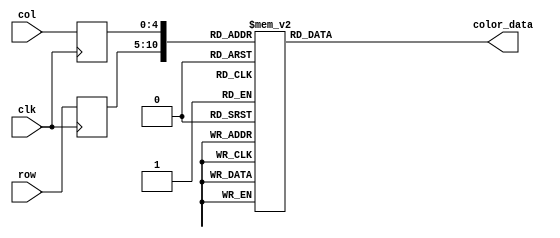
module opengate_rom
	(
		input wire clk,
		input wire [5:0] row,
		input wire [4:0] col,
		output reg [11:0] color_data
	);

	(* rom_style = "block" *)

	//signal declaration
	reg [5:0] row_reg;
	reg [4:0] col_reg;

	always @(posedge clk)
		begin
		row_reg <= row;
		col_reg <= col;
		end

	always @*
	case ({row_reg, col_reg})
		11'b00000000000: color_data = 12'b000011111111;
		11'b00000000001: color_data = 12'b000011111111;
		11'b00000000010: color_data = 12'b000011111111;
		11'b00000000011: color_data = 12'b000011111111;
		11'b00000000100: color_data = 12'b000011111111;
		11'b00000000101: color_data = 12'b000011111111;
		11'b00000000110: color_data = 12'b000011111111;
		11'b00000000111: color_data = 12'b000011111111;
		11'b00000001000: color_data = 12'b000000000000;
		11'b00000001001: color_data = 12'b000000000000;
		11'b00000001010: color_data = 12'b000000000000;
		11'b00000001011: color_data = 12'b000000000000;
		11'b00000001100: color_data = 12'b000000000000;
		11'b00000001101: color_data = 12'b000000000000;
		11'b00000001110: color_data = 12'b000000000000;
		11'b00000001111: color_data = 12'b000000000000;
		11'b00000010000: color_data = 12'b000011111111;
		11'b00000010001: color_data = 12'b000011111111;
		11'b00000010010: color_data = 12'b000011111111;
		11'b00000010011: color_data = 12'b000011111111;
		11'b00000010100: color_data = 12'b000011111111;
		11'b00000010101: color_data = 12'b000011111111;
		11'b00000100000: color_data = 12'b000011111111;
		11'b00000100001: color_data = 12'b000011111111;
		11'b00000100010: color_data = 12'b000011111111;
		11'b00000100011: color_data = 12'b000011111111;
		11'b00000100100: color_data = 12'b000011111111;
		11'b00000100101: color_data = 12'b000011111111;
		11'b00000100110: color_data = 12'b000000000000;
		11'b00000100111: color_data = 12'b000000000000;
		11'b00000101000: color_data = 12'b000000000000;
		11'b00000101001: color_data = 12'b111111111111;
		11'b00000101010: color_data = 12'b111111111111;
		11'b00000101011: color_data = 12'b111111111111;
		11'b00000101100: color_data = 12'b000000000000;
		11'b00000101101: color_data = 12'b111111111111;
		11'b00000101110: color_data = 12'b000000000000;
		11'b00000101111: color_data = 12'b000000000000;
		11'b00000110000: color_data = 12'b000000000000;
		11'b00000110001: color_data = 12'b000011111111;
		11'b00000110010: color_data = 12'b000011111111;
		11'b00000110011: color_data = 12'b000011111111;
		11'b00000110100: color_data = 12'b000011111111;
		11'b00000110101: color_data = 12'b000011111111;
		11'b00001000000: color_data = 12'b000011111111;
		11'b00001000001: color_data = 12'b000011111111;
		11'b00001000010: color_data = 12'b000011111111;
		11'b00001000011: color_data = 12'b000011111111;
		11'b00001000100: color_data = 12'b000000000000;
		11'b00001000101: color_data = 12'b000000000000;
		11'b00001000110: color_data = 12'b000000000000;
		11'b00001000111: color_data = 12'b111111111111;
		11'b00001001000: color_data = 12'b111111111111;
		11'b00001001001: color_data = 12'b111111111111;
		11'b00001001010: color_data = 12'b000000000000;
		11'b00001001011: color_data = 12'b000000000000;
		11'b00001001100: color_data = 12'b111111111111;
		11'b00001001101: color_data = 12'b111111111111;
		11'b00001001110: color_data = 12'b000000000000;
		11'b00001001111: color_data = 12'b111111111111;
		11'b00001010000: color_data = 12'b000000000000;
		11'b00001010001: color_data = 12'b000000000000;
		11'b00001010010: color_data = 12'b000011111111;
		11'b00001010011: color_data = 12'b000011111111;
		11'b00001010100: color_data = 12'b000011111111;
		11'b00001010101: color_data = 12'b000011111111;
		11'b00001100000: color_data = 12'b000011111111;
		11'b00001100001: color_data = 12'b000011111111;
		11'b00001100010: color_data = 12'b000011111111;
		11'b00001100011: color_data = 12'b000000000000;
		11'b00001100100: color_data = 12'b000000000000;
		11'b00001100101: color_data = 12'b111111111111;
		11'b00001100110: color_data = 12'b111111111111;
		11'b00001100111: color_data = 12'b111111111111;
		11'b00001101000: color_data = 12'b111111111111;
		11'b00001101001: color_data = 12'b000000000000;
		11'b00001101010: color_data = 12'b000000000000;
		11'b00001101011: color_data = 12'b000000000000;
		11'b00001101100: color_data = 12'b111111111111;
		11'b00001101101: color_data = 12'b000000000000;
		11'b00001101110: color_data = 12'b000000000000;
		11'b00001101111: color_data = 12'b111111111111;
		11'b00001110000: color_data = 12'b000000000000;
		11'b00001110001: color_data = 12'b000000000000;
		11'b00001110010: color_data = 12'b000000000000;
		11'b00001110011: color_data = 12'b000011111111;
		11'b00001110100: color_data = 12'b000011111111;
		11'b00001110101: color_data = 12'b000011111111;
		11'b00010000000: color_data = 12'b000011111111;
		11'b00010000001: color_data = 12'b000011111111;
		11'b00010000010: color_data = 12'b000011111111;
		11'b00010000011: color_data = 12'b000000000000;
		11'b00010000100: color_data = 12'b111111111111;
		11'b00010000101: color_data = 12'b111111111111;
		11'b00010000110: color_data = 12'b111111111111;
		11'b00010000111: color_data = 12'b000000000000;
		11'b00010001000: color_data = 12'b000000000000;
		11'b00010001001: color_data = 12'b000000000000;
		11'b00010001010: color_data = 12'b000000000000;
		11'b00010001011: color_data = 12'b111111111111;
		11'b00010001100: color_data = 12'b111111111111;
		11'b00010001101: color_data = 12'b000000000000;
		11'b00010001110: color_data = 12'b000000000000;
		11'b00010001111: color_data = 12'b111111111111;
		11'b00010010000: color_data = 12'b000000000000;
		11'b00010010001: color_data = 12'b111111111111;
		11'b00010010010: color_data = 12'b000000000000;
		11'b00010010011: color_data = 12'b000011111111;
		11'b00010010100: color_data = 12'b000011111111;
		11'b00010010101: color_data = 12'b000011111111;
		11'b00010100000: color_data = 12'b000011111111;
		11'b00010100001: color_data = 12'b000011111111;
		11'b00010100010: color_data = 12'b000000000000;
		11'b00010100011: color_data = 12'b000000000000;
		11'b00010100100: color_data = 12'b111111111111;
		11'b00010100101: color_data = 12'b000000000000;
		11'b00010100110: color_data = 12'b000000000000;
		11'b00010100111: color_data = 12'b000000000000;
		11'b00010101000: color_data = 12'b000000000000;
		11'b00010101001: color_data = 12'b000000000000;
		11'b00010101010: color_data = 12'b000000000000;
		11'b00010101011: color_data = 12'b111111111111;
		11'b00010101100: color_data = 12'b000000000000;
		11'b00010101101: color_data = 12'b111111111111;
		11'b00010101110: color_data = 12'b000000000000;
		11'b00010101111: color_data = 12'b111111111111;
		11'b00010110000: color_data = 12'b000000000000;
		11'b00010110001: color_data = 12'b111111111111;
		11'b00010110010: color_data = 12'b000000000000;
		11'b00010110011: color_data = 12'b000000000000;
		11'b00010110100: color_data = 12'b000011111111;
		11'b00010110101: color_data = 12'b000011111111;
		11'b00011000000: color_data = 12'b000011111111;
		11'b00011000001: color_data = 12'b000011111111;
		11'b00011000010: color_data = 12'b000000000000;
		11'b00011000011: color_data = 12'b111111111111;
		11'b00011000100: color_data = 12'b111111111111;
		11'b00011000101: color_data = 12'b000000000000;
		11'b00011000110: color_data = 12'b000000000000;
		11'b00011000111: color_data = 12'b000000000000;
		11'b00011001000: color_data = 12'b000000000000;
		11'b00011001001: color_data = 12'b000000000000;
		11'b00011001010: color_data = 12'b000000000000;
		11'b00011001011: color_data = 12'b111111111111;
		11'b00011001100: color_data = 12'b000000000000;
		11'b00011001101: color_data = 12'b111111111111;
		11'b00011001110: color_data = 12'b000000000000;
		11'b00011001111: color_data = 12'b111111111111;
		11'b00011010000: color_data = 12'b000000000000;
		11'b00011010001: color_data = 12'b111111111111;
		11'b00011010010: color_data = 12'b000000000000;
		11'b00011010011: color_data = 12'b000000000000;
		11'b00011010100: color_data = 12'b000011111111;
		11'b00011010101: color_data = 12'b000011111111;
		11'b00011100000: color_data = 12'b000011111111;
		11'b00011100001: color_data = 12'b000000000000;
		11'b00011100010: color_data = 12'b000000000000;
		11'b00011100011: color_data = 12'b111111111111;
		11'b00011100100: color_data = 12'b000000000000;
		11'b00011100101: color_data = 12'b000000000000;
		11'b00011100110: color_data = 12'b000000000000;
		11'b00011100111: color_data = 12'b000000000000;
		11'b00011101000: color_data = 12'b000000000000;
		11'b00011101001: color_data = 12'b000000000000;
		11'b00011101010: color_data = 12'b111111111111;
		11'b00011101011: color_data = 12'b111111111111;
		11'b00011101100: color_data = 12'b000000000000;
		11'b00011101101: color_data = 12'b111111111111;
		11'b00011101110: color_data = 12'b000000000000;
		11'b00011101111: color_data = 12'b111111111111;
		11'b00011110000: color_data = 12'b000000000000;
		11'b00011110001: color_data = 12'b111111111111;
		11'b00011110010: color_data = 12'b000000000000;
		11'b00011110011: color_data = 12'b000000000000;
		11'b00011110100: color_data = 12'b000000000000;
		11'b00011110101: color_data = 12'b000011111111;
		11'b00100000000: color_data = 12'b000011111111;
		11'b00100000001: color_data = 12'b000000000000;
		11'b00100000010: color_data = 12'b111111111111;
		11'b00100000011: color_data = 12'b111111111111;
		11'b00100000100: color_data = 12'b000000000000;
		11'b00100000101: color_data = 12'b000000000000;
		11'b00100000110: color_data = 12'b000000000000;
		11'b00100000111: color_data = 12'b000000000000;
		11'b00100001000: color_data = 12'b000000000000;
		11'b00100001001: color_data = 12'b000000000000;
		11'b00100001010: color_data = 12'b111111111111;
		11'b00100001011: color_data = 12'b111111111111;
		11'b00100001100: color_data = 12'b000000000000;
		11'b00100001101: color_data = 12'b111111111111;
		11'b00100001110: color_data = 12'b000000000000;
		11'b00100001111: color_data = 12'b111111111111;
		11'b00100010000: color_data = 12'b000000000000;
		11'b00100010001: color_data = 12'b111111111111;
		11'b00100010010: color_data = 12'b000000000000;
		11'b00100010011: color_data = 12'b111111111111;
		11'b00100010100: color_data = 12'b000000000000;
		11'b00100010101: color_data = 12'b000011111111;
		11'b00100100000: color_data = 12'b000011111111;
		11'b00100100001: color_data = 12'b000000000000;
		11'b00100100010: color_data = 12'b111111111111;
		11'b00100100011: color_data = 12'b000000000000;
		11'b00100100100: color_data = 12'b000000000000;
		11'b00100100101: color_data = 12'b000000000000;
		11'b00100100110: color_data = 12'b000000000000;
		11'b00100100111: color_data = 12'b000000000000;
		11'b00100101000: color_data = 12'b000000000000;
		11'b00100101001: color_data = 12'b000000000000;
		11'b00100101010: color_data = 12'b111111111111;
		11'b00100101011: color_data = 12'b000000000000;
		11'b00100101100: color_data = 12'b000000000000;
		11'b00100101101: color_data = 12'b000000000000;
		11'b00100101110: color_data = 12'b000000000000;
		11'b00100101111: color_data = 12'b111111111111;
		11'b00100110000: color_data = 12'b000000000000;
		11'b00100110001: color_data = 12'b111111111111;
		11'b00100110010: color_data = 12'b000000000000;
		11'b00100110011: color_data = 12'b111111111111;
		11'b00100110100: color_data = 12'b000000000000;
		11'b00100110101: color_data = 12'b000011111111;
		11'b00101000000: color_data = 12'b000011111111;
		11'b00101000001: color_data = 12'b000000000000;
		11'b00101000010: color_data = 12'b111111111111;
		11'b00101000011: color_data = 12'b000000000000;
		11'b00101000100: color_data = 12'b000000000000;
		11'b00101000101: color_data = 12'b000000000000;
		11'b00101000110: color_data = 12'b000000000000;
		11'b00101000111: color_data = 12'b000000000000;
		11'b00101001000: color_data = 12'b000000000000;
		11'b00101001001: color_data = 12'b000000000000;
		11'b00101001010: color_data = 12'b111111111111;
		11'b00101001011: color_data = 12'b000000000000;
		11'b00101001100: color_data = 12'b111111111111;
		11'b00101001101: color_data = 12'b111111111111;
		11'b00101001110: color_data = 12'b000000000000;
		11'b00101001111: color_data = 12'b000000000000;
		11'b00101010000: color_data = 12'b000000000000;
		11'b00101010001: color_data = 12'b111111111111;
		11'b00101010010: color_data = 12'b000000000000;
		11'b00101010011: color_data = 12'b111111111111;
		11'b00101010100: color_data = 12'b000000000000;
		11'b00101010101: color_data = 12'b000011111111;
		11'b00101100000: color_data = 12'b000000000000;
		11'b00101100001: color_data = 12'b000000000000;
		11'b00101100010: color_data = 12'b111111111111;
		11'b00101100011: color_data = 12'b000000000000;
		11'b00101100100: color_data = 12'b000000000000;
		11'b00101100101: color_data = 12'b000000000000;
		11'b00101100110: color_data = 12'b000000000000;
		11'b00101100111: color_data = 12'b000000000000;
		11'b00101101000: color_data = 12'b000000000000;
		11'b00101101001: color_data = 12'b000000000000;
		11'b00101101010: color_data = 12'b111111111111;
		11'b00101101011: color_data = 12'b000000000000;
		11'b00101101100: color_data = 12'b000000000000;
		11'b00101101101: color_data = 12'b111111111111;
		11'b00101101110: color_data = 12'b111111111111;
		11'b00101101111: color_data = 12'b111111111111;
		11'b00101110000: color_data = 12'b000000000000;
		11'b00101110001: color_data = 12'b000000000000;
		11'b00101110010: color_data = 12'b000000000000;
		11'b00101110011: color_data = 12'b111111111111;
		11'b00101110100: color_data = 12'b000000000000;
		11'b00101110101: color_data = 12'b000000000000;
		11'b00110000000: color_data = 12'b000000000000;
		11'b00110000001: color_data = 12'b111111111111;
		11'b00110000010: color_data = 12'b111111111111;
		11'b00110000011: color_data = 12'b000000000000;
		11'b00110000100: color_data = 12'b000000000000;
		11'b00110000101: color_data = 12'b000000000000;
		11'b00110000110: color_data = 12'b000000000000;
		11'b00110000111: color_data = 12'b000000000000;
		11'b00110001000: color_data = 12'b000000000000;
		11'b00110001001: color_data = 12'b000000000000;
		11'b00110001010: color_data = 12'b111111111111;
		11'b00110001011: color_data = 12'b111111111111;
		11'b00110001100: color_data = 12'b000000000000;
		11'b00110001101: color_data = 12'b000000000000;
		11'b00110001110: color_data = 12'b000000000000;
		11'b00110001111: color_data = 12'b111111111111;
		11'b00110010000: color_data = 12'b111111111111;
		11'b00110010001: color_data = 12'b111111111111;
		11'b00110010010: color_data = 12'b000000000000;
		11'b00110010011: color_data = 12'b111111111111;
		11'b00110010100: color_data = 12'b111111111111;
		11'b00110010101: color_data = 12'b000000000000;
		11'b00110100000: color_data = 12'b000000000000;
		11'b00110100001: color_data = 12'b111111111111;
		11'b00110100010: color_data = 12'b111111111111;
		11'b00110100011: color_data = 12'b000000000000;
		11'b00110100100: color_data = 12'b000000000000;
		11'b00110100101: color_data = 12'b000000000000;
		11'b00110100110: color_data = 12'b000000000000;
		11'b00110100111: color_data = 12'b000000000000;
		11'b00110101000: color_data = 12'b000000000000;
		11'b00110101001: color_data = 12'b000000000000;
		11'b00110101010: color_data = 12'b111111111111;
		11'b00110101011: color_data = 12'b111111111111;
		11'b00110101100: color_data = 12'b000000000000;
		11'b00110101101: color_data = 12'b111111111111;
		11'b00110101110: color_data = 12'b000000000000;
		11'b00110101111: color_data = 12'b000000000000;
		11'b00110110000: color_data = 12'b000000000000;
		11'b00110110001: color_data = 12'b111111111111;
		11'b00110110010: color_data = 12'b000000000000;
		11'b00110110011: color_data = 12'b111111111111;
		11'b00110110100: color_data = 12'b111111111111;
		11'b00110110101: color_data = 12'b000000000000;
		11'b00111000000: color_data = 12'b000000000000;
		11'b00111000001: color_data = 12'b000000000000;
		11'b00111000010: color_data = 12'b111111111111;
		11'b00111000011: color_data = 12'b000000000000;
		11'b00111000100: color_data = 12'b000000000000;
		11'b00111000101: color_data = 12'b000000000000;
		11'b00111000110: color_data = 12'b000000000000;
		11'b00111000111: color_data = 12'b000000000000;
		11'b00111001000: color_data = 12'b000000000000;
		11'b00111001001: color_data = 12'b000000000000;
		11'b00111001010: color_data = 12'b111111111111;
		11'b00111001011: color_data = 12'b111111111111;
		11'b00111001100: color_data = 12'b000000000000;
		11'b00111001101: color_data = 12'b111111111111;
		11'b00111001110: color_data = 12'b000000000000;
		11'b00111001111: color_data = 12'b111111111111;
		11'b00111010000: color_data = 12'b000000000000;
		11'b00111010001: color_data = 12'b000000000000;
		11'b00111010010: color_data = 12'b000000000000;
		11'b00111010011: color_data = 12'b111111111111;
		11'b00111010100: color_data = 12'b000000000000;
		11'b00111010101: color_data = 12'b000000000000;
		11'b00111100000: color_data = 12'b000011111111;
		11'b00111100001: color_data = 12'b000000000000;
		11'b00111100010: color_data = 12'b111111111111;
		11'b00111100011: color_data = 12'b000000000000;
		11'b00111100100: color_data = 12'b000000000000;
		11'b00111100101: color_data = 12'b000000000000;
		11'b00111100110: color_data = 12'b000000000000;
		11'b00111100111: color_data = 12'b000000000000;
		11'b00111101000: color_data = 12'b000000000000;
		11'b00111101001: color_data = 12'b000000000000;
		11'b00111101010: color_data = 12'b111111111111;
		11'b00111101011: color_data = 12'b111111111111;
		11'b00111101100: color_data = 12'b000000000000;
		11'b00111101101: color_data = 12'b111111111111;
		11'b00111101110: color_data = 12'b000000000000;
		11'b00111101111: color_data = 12'b111111111111;
		11'b00111110000: color_data = 12'b000000000000;
		11'b00111110001: color_data = 12'b111111111111;
		11'b00111110010: color_data = 12'b000000000000;
		11'b00111110011: color_data = 12'b111111111111;
		11'b00111110100: color_data = 12'b000000000000;
		11'b00111110101: color_data = 12'b000011111111;
		11'b01000000000: color_data = 12'b000011111111;
		11'b01000000001: color_data = 12'b000000000000;
		11'b01000000010: color_data = 12'b111111111111;
		11'b01000000011: color_data = 12'b000000000000;
		11'b01000000100: color_data = 12'b000000000000;
		11'b01000000101: color_data = 12'b000000000000;
		11'b01000000110: color_data = 12'b000000000000;
		11'b01000000111: color_data = 12'b000000000000;
		11'b01000001000: color_data = 12'b000000000000;
		11'b01000001001: color_data = 12'b000000000000;
		11'b01000001010: color_data = 12'b111111111111;
		11'b01000001011: color_data = 12'b111111111111;
		11'b01000001100: color_data = 12'b000000000000;
		11'b01000001101: color_data = 12'b111111111111;
		11'b01000001110: color_data = 12'b000000000000;
		11'b01000001111: color_data = 12'b111111111111;
		11'b01000010000: color_data = 12'b000000000000;
		11'b01000010001: color_data = 12'b111111111111;
		11'b01000010010: color_data = 12'b000000000000;
		11'b01000010011: color_data = 12'b111111111111;
		11'b01000010100: color_data = 12'b000000000000;
		11'b01000010101: color_data = 12'b000011111111;
		11'b01000100000: color_data = 12'b000011111111;
		11'b01000100001: color_data = 12'b000000000000;
		11'b01000100010: color_data = 12'b111111111111;
		11'b01000100011: color_data = 12'b000000000000;
		11'b01000100100: color_data = 12'b000000000000;
		11'b01000100101: color_data = 12'b000000000000;
		11'b01000100110: color_data = 12'b000000000000;
		11'b01000100111: color_data = 12'b000000000000;
		11'b01000101000: color_data = 12'b000000000000;
		11'b01000101001: color_data = 12'b000000000000;
		11'b01000101010: color_data = 12'b111111111111;
		11'b01000101011: color_data = 12'b111111111111;
		11'b01000101100: color_data = 12'b000000000000;
		11'b01000101101: color_data = 12'b111111111111;
		11'b01000101110: color_data = 12'b000000000000;
		11'b01000101111: color_data = 12'b111111111111;
		11'b01000110000: color_data = 12'b000000000000;
		11'b01000110001: color_data = 12'b111111111111;
		11'b01000110010: color_data = 12'b000000000000;
		11'b01000110011: color_data = 12'b111111111111;
		11'b01000110100: color_data = 12'b000000000000;
		11'b01000110101: color_data = 12'b000011111111;
		11'b01001000000: color_data = 12'b000011111111;
		11'b01001000001: color_data = 12'b000000000000;
		11'b01001000010: color_data = 12'b111111111111;
		11'b01001000011: color_data = 12'b000000000000;
		11'b01001000100: color_data = 12'b000000000000;
		11'b01001000101: color_data = 12'b000000000000;
		11'b01001000110: color_data = 12'b000000000000;
		11'b01001000111: color_data = 12'b000000000000;
		11'b01001001000: color_data = 12'b000000000000;
		11'b01001001001: color_data = 12'b000000000000;
		11'b01001001010: color_data = 12'b111111111111;
		11'b01001001011: color_data = 12'b111111111111;
		11'b01001001100: color_data = 12'b000000000000;
		11'b01001001101: color_data = 12'b111111111111;
		11'b01001001110: color_data = 12'b000000000000;
		11'b01001001111: color_data = 12'b111111111111;
		11'b01001010000: color_data = 12'b000000000000;
		11'b01001010001: color_data = 12'b111111111111;
		11'b01001010010: color_data = 12'b000000000000;
		11'b01001010011: color_data = 12'b111111111111;
		11'b01001010100: color_data = 12'b000000000000;
		11'b01001010101: color_data = 12'b000011111111;
		11'b01001100000: color_data = 12'b000011111111;
		11'b01001100001: color_data = 12'b000000000000;
		11'b01001100010: color_data = 12'b111111111111;
		11'b01001100011: color_data = 12'b000000000000;
		11'b01001100100: color_data = 12'b000000000000;
		11'b01001100101: color_data = 12'b000000000000;
		11'b01001100110: color_data = 12'b000000000000;
		11'b01001100111: color_data = 12'b000000000000;
		11'b01001101000: color_data = 12'b000000000000;
		11'b01001101001: color_data = 12'b000000000000;
		11'b01001101010: color_data = 12'b111111111111;
		11'b01001101011: color_data = 12'b111111111111;
		11'b01001101100: color_data = 12'b000000000000;
		11'b01001101101: color_data = 12'b111111111111;
		11'b01001101110: color_data = 12'b000000000000;
		11'b01001101111: color_data = 12'b111111111111;
		11'b01001110000: color_data = 12'b000000000000;
		11'b01001110001: color_data = 12'b111111111111;
		11'b01001110010: color_data = 12'b000000000000;
		11'b01001110011: color_data = 12'b111111111111;
		11'b01001110100: color_data = 12'b000000000000;
		11'b01001110101: color_data = 12'b000011111111;
		11'b01010000000: color_data = 12'b000011111111;
		11'b01010000001: color_data = 12'b000000000000;
		11'b01010000010: color_data = 12'b111111111111;
		11'b01010000011: color_data = 12'b000000000000;
		11'b01010000100: color_data = 12'b000000000000;
		11'b01010000101: color_data = 12'b000000000000;
		11'b01010000110: color_data = 12'b000000000000;
		11'b01010000111: color_data = 12'b000000000000;
		11'b01010001000: color_data = 12'b000000000000;
		11'b01010001001: color_data = 12'b000000000000;
		11'b01010001010: color_data = 12'b111111111111;
		11'b01010001011: color_data = 12'b111111111111;
		11'b01010001100: color_data = 12'b000000000000;
		11'b01010001101: color_data = 12'b111111111111;
		11'b01010001110: color_data = 12'b000000000000;
		11'b01010001111: color_data = 12'b111111111111;
		11'b01010010000: color_data = 12'b000000000000;
		11'b01010010001: color_data = 12'b111111111111;
		11'b01010010010: color_data = 12'b000000000000;
		11'b01010010011: color_data = 12'b111111111111;
		11'b01010010100: color_data = 12'b000000000000;
		11'b01010010101: color_data = 12'b000011111111;
		11'b01010100000: color_data = 12'b000011111111;
		11'b01010100001: color_data = 12'b000000000000;
		11'b01010100010: color_data = 12'b111111111111;
		11'b01010100011: color_data = 12'b000000000000;
		11'b01010100100: color_data = 12'b000000000000;
		11'b01010100101: color_data = 12'b000000000000;
		11'b01010100110: color_data = 12'b000000000000;
		11'b01010100111: color_data = 12'b000000000000;
		11'b01010101000: color_data = 12'b000000000000;
		11'b01010101001: color_data = 12'b000000000000;
		11'b01010101010: color_data = 12'b111111111111;
		11'b01010101011: color_data = 12'b111111111111;
		11'b01010101100: color_data = 12'b000000000000;
		11'b01010101101: color_data = 12'b111111111111;
		11'b01010101110: color_data = 12'b000000000000;
		11'b01010101111: color_data = 12'b111111111111;
		11'b01010110000: color_data = 12'b000000000000;
		11'b01010110001: color_data = 12'b111111111111;
		11'b01010110010: color_data = 12'b000000000000;
		11'b01010110011: color_data = 12'b111111111111;
		11'b01010110100: color_data = 12'b000000000000;
		11'b01010110101: color_data = 12'b000011111111;
		11'b01011000000: color_data = 12'b000011111111;
		11'b01011000001: color_data = 12'b000000000000;
		11'b01011000010: color_data = 12'b111111111111;
		11'b01011000011: color_data = 12'b000000000000;
		11'b01011000100: color_data = 12'b000000000000;
		11'b01011000101: color_data = 12'b000000000000;
		11'b01011000110: color_data = 12'b000000000000;
		11'b01011000111: color_data = 12'b000000000000;
		11'b01011001000: color_data = 12'b000000000000;
		11'b01011001001: color_data = 12'b000000000000;
		11'b01011001010: color_data = 12'b111111111111;
		11'b01011001011: color_data = 12'b111111111111;
		11'b01011001100: color_data = 12'b000000000000;
		11'b01011001101: color_data = 12'b111111111111;
		11'b01011001110: color_data = 12'b000000000000;
		11'b01011001111: color_data = 12'b111111111111;
		11'b01011010000: color_data = 12'b000000000000;
		11'b01011010001: color_data = 12'b111111111111;
		11'b01011010010: color_data = 12'b000000000000;
		11'b01011010011: color_data = 12'b111111111111;
		11'b01011010100: color_data = 12'b000000000000;
		11'b01011010101: color_data = 12'b000011111111;
		11'b01011100000: color_data = 12'b000011111111;
		11'b01011100001: color_data = 12'b000000000000;
		11'b01011100010: color_data = 12'b111111111111;
		11'b01011100011: color_data = 12'b000000000000;
		11'b01011100100: color_data = 12'b000000000000;
		11'b01011100101: color_data = 12'b000000000000;
		11'b01011100110: color_data = 12'b000000000000;
		11'b01011100111: color_data = 12'b000000000000;
		11'b01011101000: color_data = 12'b000000000000;
		11'b01011101001: color_data = 12'b000000000000;
		11'b01011101010: color_data = 12'b111111111111;
		11'b01011101011: color_data = 12'b111111111111;
		11'b01011101100: color_data = 12'b000000000000;
		11'b01011101101: color_data = 12'b111111111111;
		11'b01011101110: color_data = 12'b000000000000;
		11'b01011101111: color_data = 12'b111111111111;
		11'b01011110000: color_data = 12'b000000000000;
		11'b01011110001: color_data = 12'b111111111111;
		11'b01011110010: color_data = 12'b000000000000;
		11'b01011110011: color_data = 12'b111111111111;
		11'b01011110100: color_data = 12'b000000000000;
		11'b01011110101: color_data = 12'b000011111111;
		11'b01100000000: color_data = 12'b000000000000;
		11'b01100000001: color_data = 12'b000000000000;
		11'b01100000010: color_data = 12'b111111111111;
		11'b01100000011: color_data = 12'b000000000000;
		11'b01100000100: color_data = 12'b000000000000;
		11'b01100000101: color_data = 12'b000000000000;
		11'b01100000110: color_data = 12'b000000000000;
		11'b01100000111: color_data = 12'b000000000000;
		11'b01100001000: color_data = 12'b000000000000;
		11'b01100001001: color_data = 12'b000000000000;
		11'b01100001010: color_data = 12'b111111111111;
		11'b01100001011: color_data = 12'b111111111111;
		11'b01100001100: color_data = 12'b000000000000;
		11'b01100001101: color_data = 12'b111111111111;
		11'b01100001110: color_data = 12'b000000000000;
		11'b01100001111: color_data = 12'b111111111111;
		11'b01100010000: color_data = 12'b000000000000;
		11'b01100010001: color_data = 12'b000000000000;
		11'b01100010010: color_data = 12'b000000000000;
		11'b01100010011: color_data = 12'b111111111111;
		11'b01100010100: color_data = 12'b000000000000;
		11'b01100010101: color_data = 12'b000000000000;
		11'b01100100000: color_data = 12'b000000000000;
		11'b01100100001: color_data = 12'b111111111111;
		11'b01100100010: color_data = 12'b111111111111;
		11'b01100100011: color_data = 12'b000000000000;
		11'b01100100100: color_data = 12'b000000000000;
		11'b01100100101: color_data = 12'b000000000000;
		11'b01100100110: color_data = 12'b000000000000;
		11'b01100100111: color_data = 12'b000000000000;
		11'b01100101000: color_data = 12'b000000000000;
		11'b01100101001: color_data = 12'b000000000000;
		11'b01100101010: color_data = 12'b111111111111;
		11'b01100101011: color_data = 12'b111111111111;
		11'b01100101100: color_data = 12'b000000000000;
		11'b01100101101: color_data = 12'b111111111111;
		11'b01100101110: color_data = 12'b000000000000;
		11'b01100101111: color_data = 12'b000000000000;
		11'b01100110000: color_data = 12'b000000000000;
		11'b01100110001: color_data = 12'b111111111111;
		11'b01100110010: color_data = 12'b000000000000;
		11'b01100110011: color_data = 12'b111111111111;
		11'b01100110100: color_data = 12'b111111111111;
		11'b01100110101: color_data = 12'b000000000000;
		11'b01101000000: color_data = 12'b000000000000;
		11'b01101000001: color_data = 12'b000000000000;
		11'b01101000010: color_data = 12'b111111111111;
		11'b01101000011: color_data = 12'b000000000000;
		11'b01101000100: color_data = 12'b000000000000;
		11'b01101000101: color_data = 12'b000000000000;
		11'b01101000110: color_data = 12'b000000000000;
		11'b01101000111: color_data = 12'b000000000000;
		11'b01101001000: color_data = 12'b000000000000;
		11'b01101001001: color_data = 12'b000000000000;
		11'b01101001010: color_data = 12'b111111111111;
		11'b01101001011: color_data = 12'b111111111111;
		11'b01101001100: color_data = 12'b000000000000;
		11'b01101001101: color_data = 12'b000000000000;
		11'b01101001110: color_data = 12'b000000000000;
		11'b01101001111: color_data = 12'b111111111111;
		11'b01101010000: color_data = 12'b111111111111;
		11'b01101010001: color_data = 12'b111111111111;
		11'b01101010010: color_data = 12'b000000000000;
		11'b01101010011: color_data = 12'b111111111111;
		11'b01101010100: color_data = 12'b000000000000;
		11'b01101010101: color_data = 12'b000000000000;
		11'b01101100000: color_data = 12'b000011111111;
		11'b01101100001: color_data = 12'b000000000000;
		11'b01101100010: color_data = 12'b111111111111;
		11'b01101100011: color_data = 12'b000000000000;
		11'b01101100100: color_data = 12'b000000000000;
		11'b01101100101: color_data = 12'b000000000000;
		11'b01101100110: color_data = 12'b000000000000;
		11'b01101100111: color_data = 12'b000000000000;
		11'b01101101000: color_data = 12'b000000000000;
		11'b01101101001: color_data = 12'b000000000000;
		11'b01101101010: color_data = 12'b111111111111;
		11'b01101101011: color_data = 12'b000000000000;
		11'b01101101100: color_data = 12'b000000000000;
		11'b01101101101: color_data = 12'b111111111111;
		11'b01101101110: color_data = 12'b111111111111;
		11'b01101101111: color_data = 12'b111111111111;
		11'b01101110000: color_data = 12'b000000000000;
		11'b01101110001: color_data = 12'b000000000000;
		11'b01101110010: color_data = 12'b000000000000;
		11'b01101110011: color_data = 12'b111111111111;
		11'b01101110100: color_data = 12'b000000000000;
		11'b01101110101: color_data = 12'b000011111111;
		11'b01110000000: color_data = 12'b000011111111;
		11'b01110000001: color_data = 12'b000000000000;
		11'b01110000010: color_data = 12'b111111111111;
		11'b01110000011: color_data = 12'b000000000000;
		11'b01110000100: color_data = 12'b000000000000;
		11'b01110000101: color_data = 12'b000000000000;
		11'b01110000110: color_data = 12'b000000000000;
		11'b01110000111: color_data = 12'b000000000000;
		11'b01110001000: color_data = 12'b000000000000;
		11'b01110001001: color_data = 12'b000000000000;
		11'b01110001010: color_data = 12'b111111111111;
		11'b01110001011: color_data = 12'b000000000000;
		11'b01110001100: color_data = 12'b111111111111;
		11'b01110001101: color_data = 12'b111111111111;
		11'b01110001110: color_data = 12'b000000000000;
		11'b01110001111: color_data = 12'b000000000000;
		11'b01110010000: color_data = 12'b000000000000;
		11'b01110010001: color_data = 12'b111111111111;
		11'b01110010010: color_data = 12'b000000000000;
		11'b01110010011: color_data = 12'b111111111111;
		11'b01110010100: color_data = 12'b000000000000;
		11'b01110010101: color_data = 12'b000011111111;
		11'b01110100000: color_data = 12'b000011111111;
		11'b01110100001: color_data = 12'b000000000000;
		11'b01110100010: color_data = 12'b111111111111;
		11'b01110100011: color_data = 12'b000000000000;
		11'b01110100100: color_data = 12'b000000000000;
		11'b01110100101: color_data = 12'b000000000000;
		11'b01110100110: color_data = 12'b000000000000;
		11'b01110100111: color_data = 12'b000000000000;
		11'b01110101000: color_data = 12'b000000000000;
		11'b01110101001: color_data = 12'b000000000000;
		11'b01110101010: color_data = 12'b111111111111;
		11'b01110101011: color_data = 12'b000000000000;
		11'b01110101100: color_data = 12'b000000000000;
		11'b01110101101: color_data = 12'b000000000000;
		11'b01110101110: color_data = 12'b000000000000;
		11'b01110101111: color_data = 12'b111111111111;
		11'b01110110000: color_data = 12'b000000000000;
		11'b01110110001: color_data = 12'b111111111111;
		11'b01110110010: color_data = 12'b000000000000;
		11'b01110110011: color_data = 12'b111111111111;
		11'b01110110100: color_data = 12'b000000000000;
		11'b01110110101: color_data = 12'b000011111111;
		11'b01111000000: color_data = 12'b000011111111;
		11'b01111000001: color_data = 12'b000000000000;
		11'b01111000010: color_data = 12'b000000000000;
		11'b01111000011: color_data = 12'b000000000000;
		11'b01111000100: color_data = 12'b000000000000;
		11'b01111000101: color_data = 12'b000000000000;
		11'b01111000110: color_data = 12'b000000000000;
		11'b01111000111: color_data = 12'b000000000000;
		11'b01111001000: color_data = 12'b000000000000;
		11'b01111001001: color_data = 12'b000000000000;
		11'b01111001010: color_data = 12'b111111111111;
		11'b01111001011: color_data = 12'b111111111111;
		11'b01111001100: color_data = 12'b000000000000;
		11'b01111001101: color_data = 12'b111111111111;
		11'b01111001110: color_data = 12'b000000000000;
		11'b01111001111: color_data = 12'b111111111111;
		11'b01111010000: color_data = 12'b000000000000;
		11'b01111010001: color_data = 12'b000000000000;
		11'b01111010010: color_data = 12'b000000000000;
		11'b01111010011: color_data = 12'b000000000000;
		11'b01111010100: color_data = 12'b000000000000;
		11'b01111010101: color_data = 12'b000011111111;
		11'b01111100000: color_data = 12'b000011111111;
		11'b01111100001: color_data = 12'b000011111111;
		11'b01111100010: color_data = 12'b000011111111;
		11'b01111100011: color_data = 12'b000011111111;
		11'b01111100100: color_data = 12'b000011111111;
		11'b01111100101: color_data = 12'b000011111111;
		11'b01111100110: color_data = 12'b000011111111;
		11'b01111100111: color_data = 12'b000011111111;
		11'b01111101000: color_data = 12'b000011111111;
		11'b01111101001: color_data = 12'b000000000000;
		11'b01111101010: color_data = 12'b111111111111;
		11'b01111101011: color_data = 12'b111111111111;
		11'b01111101100: color_data = 12'b000000000000;
		11'b01111101101: color_data = 12'b111111111111;
		11'b01111101110: color_data = 12'b000000000000;
		11'b01111101111: color_data = 12'b111111111111;
		11'b01111110000: color_data = 12'b000000000000;
		11'b01111110001: color_data = 12'b000000000000;
		11'b01111110010: color_data = 12'b000000000000;
		11'b01111110011: color_data = 12'b000011111111;
		11'b01111110100: color_data = 12'b000011111111;
		11'b01111110101: color_data = 12'b000011111111;
		11'b10000000000: color_data = 12'b000011111111;
		11'b10000000001: color_data = 12'b000011111111;
		11'b10000000010: color_data = 12'b000011111111;
		11'b10000000011: color_data = 12'b000011111111;
		11'b10000000100: color_data = 12'b000011111111;
		11'b10000000101: color_data = 12'b000011111111;
		11'b10000000110: color_data = 12'b000011111111;
		11'b10000000111: color_data = 12'b000011111111;
		11'b10000001000: color_data = 12'b000011111111;
		11'b10000001001: color_data = 12'b000000000000;
		11'b10000001010: color_data = 12'b111111111111;
		11'b10000001011: color_data = 12'b111111111111;
		11'b10000001100: color_data = 12'b000000000000;
		11'b10000001101: color_data = 12'b111111111111;
		11'b10000001110: color_data = 12'b000000000000;
		11'b10000001111: color_data = 12'b000000000000;
		11'b10000010000: color_data = 12'b000000000000;
		11'b10000010001: color_data = 12'b000011111111;
		11'b10000010010: color_data = 12'b000011111111;
		11'b10000010011: color_data = 12'b000011111111;
		11'b10000010100: color_data = 12'b000011111111;
		11'b10000010101: color_data = 12'b000011111111;
		11'b10000100000: color_data = 12'b000011111111;
		11'b10000100001: color_data = 12'b000011111111;
		11'b10000100010: color_data = 12'b000011111111;
		11'b10000100011: color_data = 12'b000011111111;
		11'b10000100100: color_data = 12'b000011111111;
		11'b10000100101: color_data = 12'b000011111111;
		11'b10000100110: color_data = 12'b000011111111;
		11'b10000100111: color_data = 12'b000011111111;
		11'b10000101000: color_data = 12'b000011111111;
		11'b10000101001: color_data = 12'b000000000000;
		11'b10000101010: color_data = 12'b111111111111;
		11'b10000101011: color_data = 12'b111111111111;
		11'b10000101100: color_data = 12'b000000000000;
		11'b10000101101: color_data = 12'b000000000000;
		11'b10000101110: color_data = 12'b000000000000;
		11'b10000101111: color_data = 12'b000000000000;
		11'b10000110000: color_data = 12'b000011111111;
		11'b10000110001: color_data = 12'b000011111111;
		11'b10000110010: color_data = 12'b000011111111;
		11'b10000110011: color_data = 12'b000011111111;
		11'b10000110100: color_data = 12'b000011111111;
		11'b10000110101: color_data = 12'b000011111111;
		11'b10001000000: color_data = 12'b000011111111;
		11'b10001000001: color_data = 12'b000011111111;
		11'b10001000010: color_data = 12'b000011111111;
		11'b10001000011: color_data = 12'b000011111111;
		11'b10001000100: color_data = 12'b000011111111;
		11'b10001000101: color_data = 12'b000011111111;
		11'b10001000110: color_data = 12'b000011111111;
		11'b10001000111: color_data = 12'b000011111111;
		11'b10001001000: color_data = 12'b000011111111;
		11'b10001001001: color_data = 12'b000000000000;
		11'b10001001010: color_data = 12'b111111111111;
		11'b10001001011: color_data = 12'b111111111111;
		11'b10001001100: color_data = 12'b000000000000;
		11'b10001001101: color_data = 12'b000000000000;
		11'b10001001110: color_data = 12'b000011111111;
		11'b10001001111: color_data = 12'b000011111111;
		11'b10001010000: color_data = 12'b000011111111;
		11'b10001010001: color_data = 12'b000011111111;
		11'b10001010010: color_data = 12'b000011111111;
		11'b10001010011: color_data = 12'b000011111111;
		11'b10001010100: color_data = 12'b000011111111;
		11'b10001010101: color_data = 12'b000011111111;
		11'b10001100000: color_data = 12'b000011111111;
		11'b10001100001: color_data = 12'b000011111111;
		11'b10001100010: color_data = 12'b000011111111;
		11'b10001100011: color_data = 12'b000011111111;
		11'b10001100100: color_data = 12'b000011111111;
		11'b10001100101: color_data = 12'b000011111111;
		11'b10001100110: color_data = 12'b000011111111;
		11'b10001100111: color_data = 12'b000011111111;
		11'b10001101000: color_data = 12'b000011111111;
		11'b10001101001: color_data = 12'b000011111111;
		11'b10001101010: color_data = 12'b000000000000;
		11'b10001101011: color_data = 12'b000000000000;
		11'b10001101100: color_data = 12'b000000000000;
		11'b10001101101: color_data = 12'b000011111111;
		11'b10001101110: color_data = 12'b000011111111;
		11'b10001101111: color_data = 12'b000011111111;
		11'b10001110000: color_data = 12'b000011111111;
		11'b10001110001: color_data = 12'b000011111111;
		11'b10001110010: color_data = 12'b000011111111;
		11'b10001110011: color_data = 12'b000011111111;
		11'b10001110100: color_data = 12'b000011111111;
		11'b10001110101: color_data = 12'b000011111111;
		default: color_data = 12'b000000000000;
	endcase
endmodule